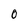
Character: 0